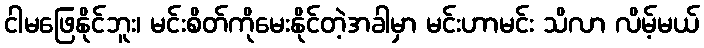
ငါမဖြေနိုင်ဘူး၊ မင်းစိတ်ကိုမေးနိုင်တဲ့အခါမှာ မင်းဟာမင်း သိလာ လိမ့်မယ်